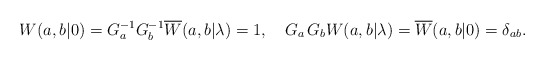
\begin{align*}W(a,b|0)=G_{a}^{-1}G_{b}^{-1}\overline{W}(a,b|\lambda)=1, \quad G_{a}\,G_{b}W(a,b|\lambda)=\overline{W}(a,b|0)=\delta_{ab}. \end{align*}